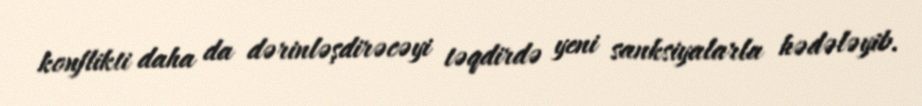
konflikti daha da dərinləşdirəcəyi təqdirdə yeni sanksiyalarla hədələyib.